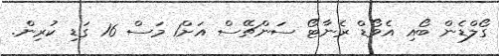
ގޯލްޑެން ބޯއި އެވޯޑް ރެނާޓޯ ސަންޗޭސް އަށް1 މަސް 16 ގަޑި ކުރިން.